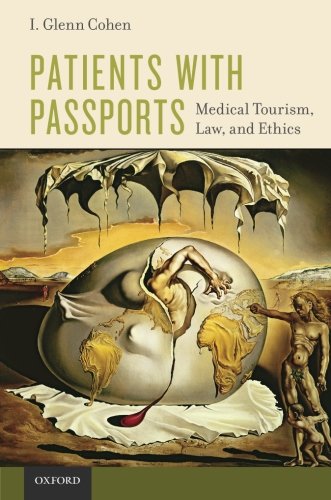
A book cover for Patients with Passports: Medical Tourism, Law, and Ethics; I. Glenn Cohen; Law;